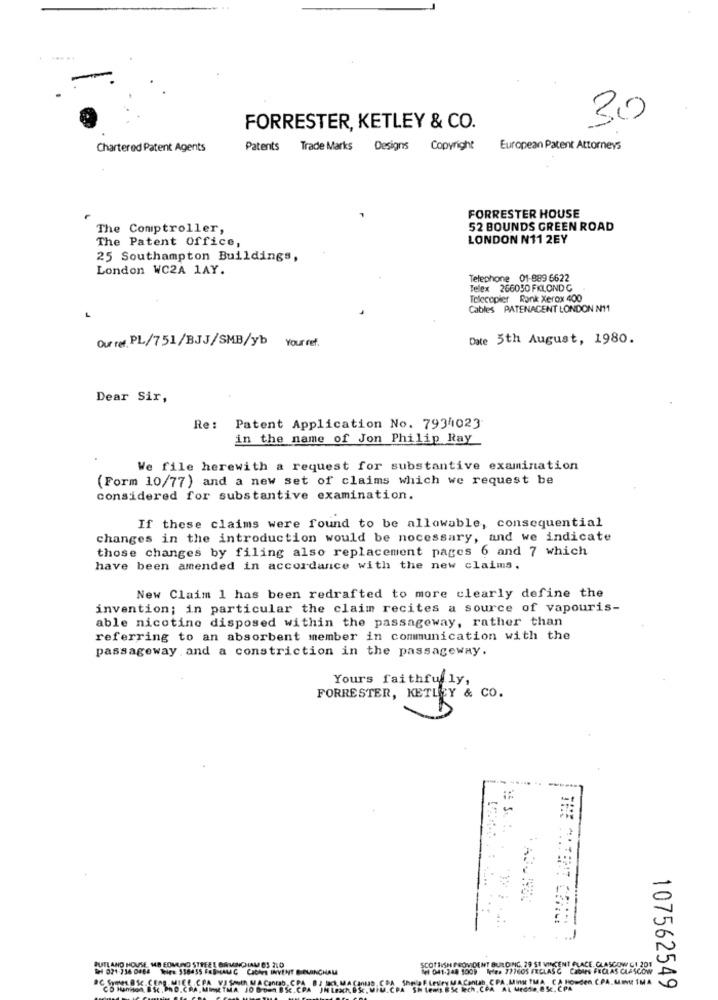
30
FORRESTER, KETLEY & CO.
Chartered Patent Agents
Patents Trade Marks Designs Copyright
European Patent Attorneys
FORRESTER HOUSE
The Comptroller,
52 BOUNDS GREEN ROAD
The Patent Office,
LONDON N11 2EY
25 Southampton Buildings,
London WC2A 1AY.
Telephone 01-889 6622
Telex 266030 FKLOND G
Tolecopier Rank Xerox 400
Cables PATENACENT LONDON N11
Date 5th August, 1980.
Our ref. PL/751/BJJ/SMB/yb Your ref.
Dear Sir,
Re: Patent Application No. 7934023
in the name of Jon Philip Ray
We file herewith a request for substantive examination
(Form 10/77) and a new set of claims which we request be
considered for substantive examination.
If these claims were found to be allowable, consequential
changes in the introduction would be nocessary, and we indicate
those changes by filing also replacement pages 6 and 7 which
have been amended in accordance with the new claims.
New Claim 1 has been redrafted to more clearly define the
invention; in particular the claim recites a source of vapouris-
able nicotine disposed within the passageway, rather than
referring to an absorbent member in communication with the
passageway and a constriction in the passageway.
Yours faithfully,
Beruf co.
BUTLAND HOUSE, MA EDMUND STREEL GARMINCHAM 83 710
Wel 021 736 0484 Ties 558455 FEBMALAC CICAP INVENT B OUIINCHAM
Tel 041-248 5009 leie. 727605 FEELASC CabIES FECLAS CLASCOW
SCOTTISH PROVIDENT BUILDING 29 ST VINCENT GLACE, GLASCON CI 201
CD Hanison B. Sc. PR D. CRA, MIRE TMA 10 Brown B. SC.CPA JN LEN
Shel Fleury MAContas CPA, MINTHA CA HOWden CPA. Men IMA
107562549